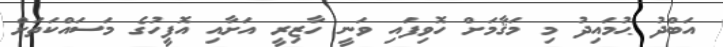
އަބްދު ޙުމައިދު މި މަޤާމަށް ހޮވިފައި ވަނީ ހާޒިރީ އަށާއި އޮފީހުގެ މަސައްކަތަށް